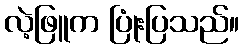
လဲ့ဖြူက ပြုံးပြသည်။